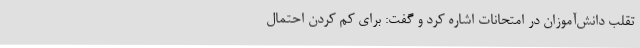
تقلب دانش‌آموزان در امتحانات اشاره کرد و گفت: برای کم کردن احتمال